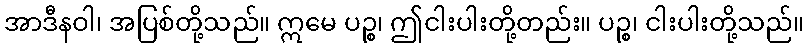
အာဒီနဝါ၊ အပြစ်တို့သည်။ ဣမေ ပဉ္စ၊ ဤငါးပါးတို့တည်း။ ပဉ္စ၊ ငါးပါးတို့သည်။